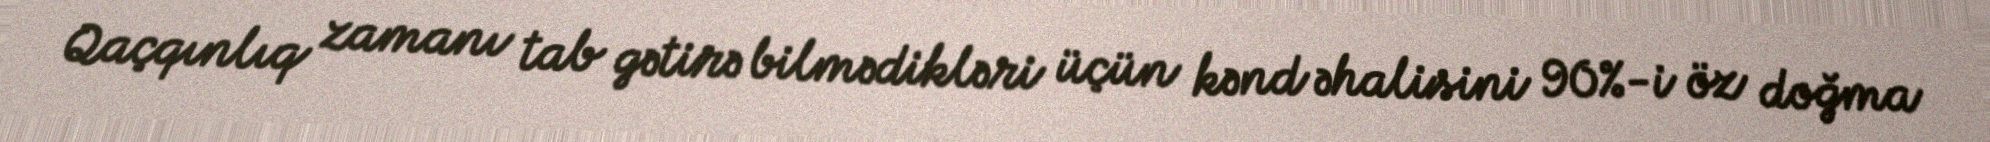
Qaçqınlıq zamanı tab gətirə bilmədikləri üçün kənd əhalisini 90%-i öz doğma